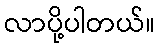
လာပို့ပါတယ်။